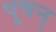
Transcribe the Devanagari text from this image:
पूषन्